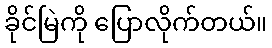
ခိုင်မြဲကို ပြောလိုက်တယ်။